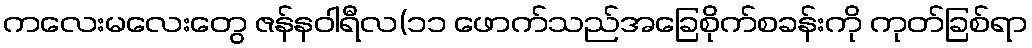
ကလေးမလေးတွေ ဇန်နဝါရီလ(၁၁ ဖောက်သည်အခြေစိုက်စခန်းကို ကုတ်ခြစ်ရာ